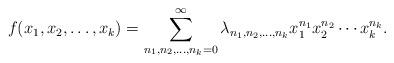
LaTeX: \begin{align*} f(x_1, x_2, \ldots, x_k)=\sum_{n_1, n_2, \ldots, n_k=0}^\infty \lambda_{n_1, n_2, \ldots, n_k} x_1^{n_1} x_2^{n_2}\cdots x_k^{n_k}. \end{align*}